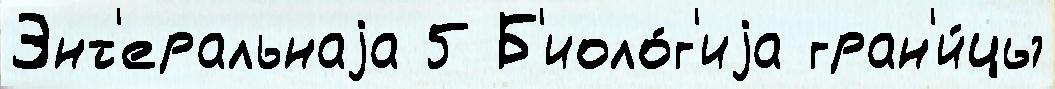
Энт'еральнаjа 5 Б'иоло́г'иjа гран'и́цы